Lunatic asylums Madras 1892-1911 - 1892-1911
Year: 1892
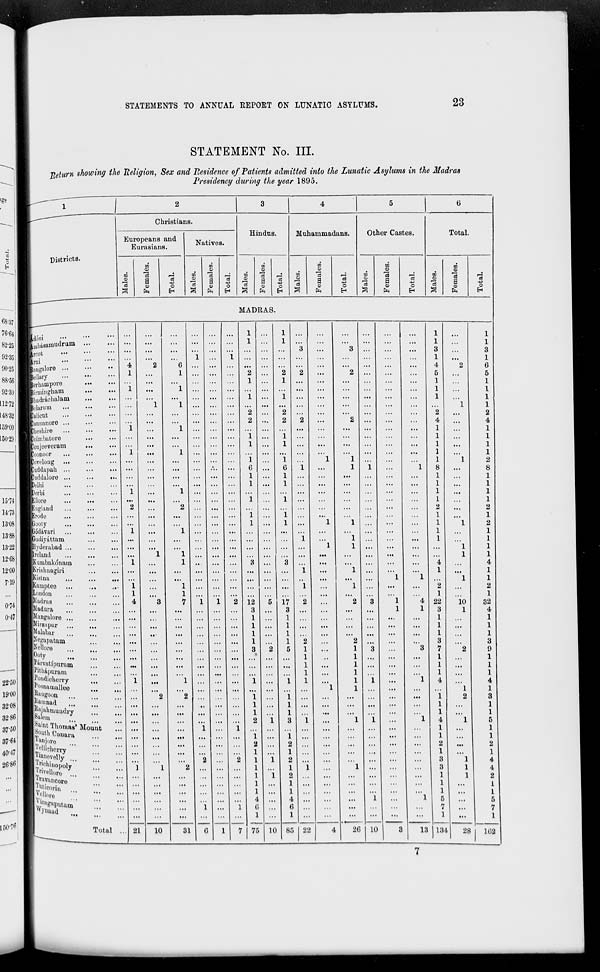
STATEMENTS TO ANNUAL REPORT ON LUNATIC ASYLUMS.
23
STATEMENT No. III.
Peturn showing the Religion, Sex and Residence of Patients admitted into the Lunatic Asylums in the Madras
Presidency during the year 1895.
l ge
fc^-
1
2
3
4
5
6
-^
Christians.
Hindus.
Muhammadans.
Other Castes.
Total.
Europeans and
Natives.
■
Eurasians.
0
§ 1
Districts.
b
CO
s
o5
.2
CO
<0
m
-
o5
'd
_3
w
"rt
CO
at
j
■i.
"S
,_;
00
■a
_j
n
*S
_j
JB
a
+3
0
a a s a 3
'eS
a
d
G
a
CS
.2
a
d
o3
O)
O
<0
0
<D
0
OJ
"0
<B
0
<o
O
3
fa
E-i
a fa H a fa H 3 fa
fri
!^5
fa
EH
S
fa
H
.
MADRAS.
68-37
76-64
82-25
92-35
90-25
IMUoui
IBmbaaamiiilrum
f^M'Ot
f Bangalore
"i
2
" 6
i
...
i
1
1
...
1
1
3
...
3
...
...
...
1
1
3
1
4
2
1
1
3
1
6
IRprhuniponi
1
1 ...
...
2
2
2
2
...
5
5
88-56
i
...
1
...
...
...
1 ...
1
...
...
...
...
...
...
1
...
1
92-30 ^■irmiugham
...
...
...
...
...
...
...
...
...
...
...
...
...
1
...
1
112-72
tKhadracbalam
|Holarum
1
1
1
1
1
1
1
1
L48-32 gHjulicut
...
...
...
...
2 ...
2 ...
...
...
...
...
2
...
2
j^Bamianore ...
...
...
...
...
...
...
2 ...
2
2
...
2 ...
...
...
4
4
159-00 j^Bjheshive
1
...
1
...
...
...
...
...
...
...
...
...
...
1
...
1
150-29 fKiiim'iaturo
iMjoujeevei-am
...
...
jjB'oonoor
i
...
1
...
...
1
1 ...
i
1 ...
...
...
...
...
1
1
1
...
1
1
1
■Juvclung ...
...
...
...
...
...
...
i ... i ...
1
1 ...
...
...
1
1
2
Ruddapuh ...
...
...
...
...
.'..
...
G ...
6
1
...
1
1
...
1
8
...
8
■Juddaloro ...
...
... ...
...
...
...
...
1 ...
1
...
...
...
...
...
...
1
1
Helhi
Hi ,!»1
i
...
"l
...
...
1 ...
1 ...
...
...
...
...
...
1
1
...
1
1
15-74
HKNIV
...
...
i
i ...
...
...
1
...
1
14-73
Kuglaud
2
...
2
...
...
...
...
...
...
...
...
...
2
...
2
■ Kr"dr
...
...
...
...
...
1
i
...
...
...
1
1
13-08
■Gouty
...
1
1 ...
1
1
...
1
1
2
13-88
■Godavari
1
...
1
...
...
...
1
1
■Gudiynttam
...
i
1
...
1
1
13-22
■Hyderabad ...
1
1
...
"l
1
12*68
■Ireland
1
1 ...
...
...
...
1
1
■■KiimbakoiiaiQ
1
1
8
3
...
...
4
4
12-00
BKrislinagiri
...
1
...
1
1
...
1
7-19
■Kistna
...
...
...
...
1
1
' 1
1
■■Kampteo ...
..,
1
...
1
...
1
1
2
2
■■London
1
...
1
...
...
...
...
...
1
1
0-7-4
■■Madras
4
3
7
1
1
2 12
5 17
2
2
3
1
4 22
io
32
■■Madura
...
...
8
3 ...
...
1
1
3
1
4
0-47 ■■Mangaloro
■■llii-zapur
■■Malabar
H^'apatam
...
..-
...
...
...
...
1
1
1
1
...
1
1
1
1
2
...
"2
...
...
...
1
1
1
3
...
1
1
1
3
■Ni'lluro
■!! ot y .
...
3
2
5
1
1
3
'3
7
"2
9
...
1
1
...
1
1
U'tu'vatipuriim
Ml'itliapuram
...
1
1 ...
...
1
1
...
1
1
...
l
1
22-50 Hl' l "idicherry
■ |'' | ionainullee
\\\
11 '■ ■■ Vi M-. 11
■ l^jalunundry
■Salem
.
H^int Tbomaa' Mount
||!?, 0l »l> Oanara
[ ^ftniore
ilJ'/H'iehmy '*
liTioiiovelly
||')' f K;hinopol y "
II ,"vell, )ro '
S 1 ' '-'vancoro
ii'wioorin
f |J v
,z »P'putum"
p
•••
...
1
.!!
1
i
i 1
1
i
"l
4
4
19-00
"*2
"2
...
...
...
i
...
1
"1
1 ...
...
...
i
1
2
1
3
32-08
1
1
1
1
3286
...
...
...
...
...
1
2
i
1
3
1
...
1
i
...
"l
1
4
1
1
5
3750
37-64
...
...
...
"i
':::
i i
2
i
2
...
...
...
...
...
...
1
1
2
1
1
2
40-47
26-86
i
1
2
2
i
...
2
1
1
1
1
1
1
1
4
G
1
i
i
1
2
1
2
1
1
4
6
1
1
...
"l
i
...
"l
1
3
3
1
1
1
5
7
1
1
1
1
1
4
4
2
1
1
5
1
1
150-76
Total . . 21
10
31
G
1
7 75 10 85 2li
4
26 10
3 1 13
I 13- 1 28 1G2